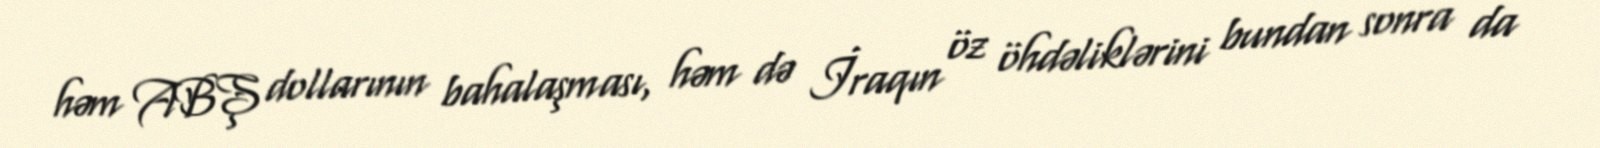
həm ABŞ dollarının bahalaşması, həm də İraqın öz öhdəliklərini bundan sonra da